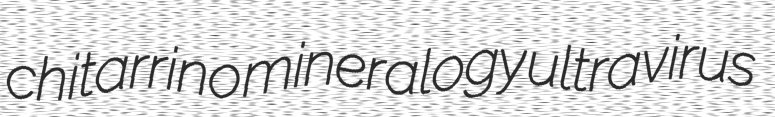
chitarrino mineralogy ultravirus